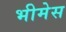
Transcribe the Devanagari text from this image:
भीमेस